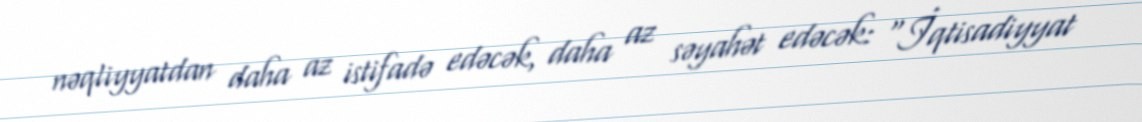
nəqliyyatdan daha az istifadə edəcək, daha az səyahət edəcək: “İqtisadiyyat